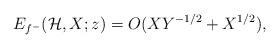
LaTeX: \begin{align*}E_{f^-}(\mathcal{H}, X; z) = O(XY^{-1/2} + X^{1/2} ),\end{align*}